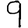
Digit: 9